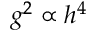
g ^ { 2 } \propto h ^ { 4 }